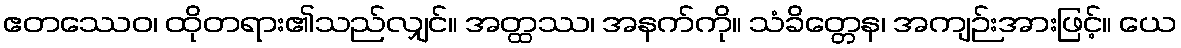
ဧတဿေဝ၊ ထိုတရား၏သည်လျှင်။ အတ္ထဿ၊ အနက်ကို။ သံခိတ္တေန၊ အကျဉ်းအားဖြင့်။ ယေ